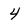
Character: 4